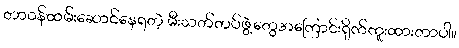
တာဝန်ထမ်းဆောင်နေရတဲ့ မီးသတ်တပ်ဖွဲ့တွေအကြောင်းရိုက်ကူးထားတာပါ။